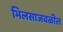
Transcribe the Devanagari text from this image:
भिलसाजवळील